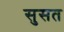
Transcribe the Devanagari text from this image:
सुसत